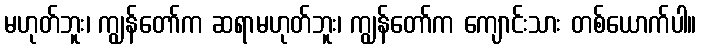
မဟုတ်ဘူး၊ ကျွန်တော်က ဆရာမဟုတ်ဘူး၊ ကျွန်တော်က ကျောင်းသား တစ်ယောက်ပါ။